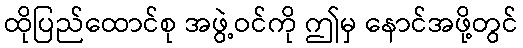
ထိုပြည်ထောင်စု အဖွဲ့ဝင်ကို ဤမှ နောင်အဖို့တွင်